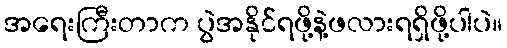
အရေးကြီးတာက ပွဲအနိုင်ရဖို့နဲ့ဖလားရရှိဖို့ပါပဲ။